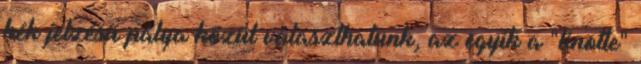
kék jelzésű pálya közül választhatunk, az egyik a "linotte"